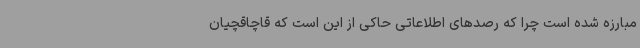
مبارزه شده است چرا که رصدهای اطلاعاتی حاکی از این است که قاچاقچیان